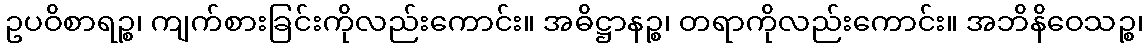
ဥပဝိစာရဉ္စ၊ ကျက်စားခြင်းကိုလည်းကောင်း။ အဓိဋ္ဌာနဉ္စ၊ တရာကိုလည်းကောင်း။ အဘိနိဝေသဉ္စ၊